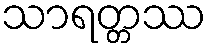
သာရတ္တဿ